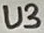
Text: U3